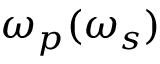
\omega _ { p } ( \omega _ { s } )